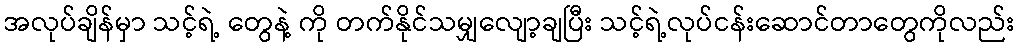
အလုပ်ချိန်မှာ သင့်ရဲ့ တွေနဲ့ ကို တက်နိုင်သမျှလျော့ချပြီး သင့်ရဲ့လုပ်ငန်းဆောင်တာတွေကိုလည်း